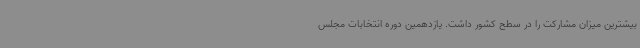
بیشترین میزان مشارکت را در سطح کشور داشت. یازدهمین دوره انتخابات مجلس